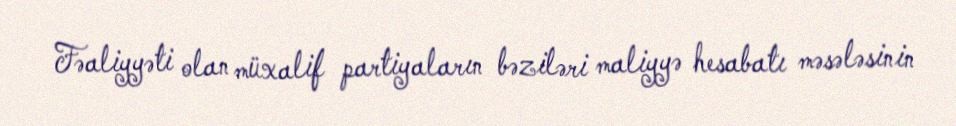
Fəaliyyəti olan müxalif partiyaların bəziləri maliyyə hesabatı məsələsinin